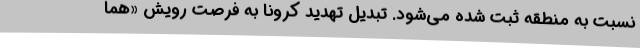
نسبت به منطقه ثبت شده می‌شود. تبدیل تهدید کرونا به فرصت رویش «هما